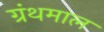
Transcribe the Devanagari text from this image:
ग्रंथमाल